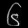
Digit: ၆